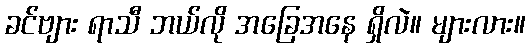
ခင်ဗျား ရာသီ ဘယ်လို အခြေအနေ ရှိလဲ။ များလား။